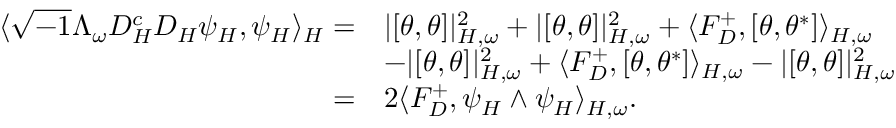
\begin{array} { r l } { \langle \sqrt { - 1 } \Lambda _ { \omega } D _ { H } ^ { c } D _ { H } \psi _ { H } , \psi _ { H } \rangle _ { H } = } & { | [ \theta , \theta ] | _ { H , \omega } ^ { 2 } + | [ \theta , \theta ] | _ { H , \omega } ^ { 2 } + \langle F _ { D } ^ { + } , [ \theta , \theta ^ { * } ] \rangle _ { H , \omega } } \\ & { - | [ \theta , \theta ] | _ { H , \omega } ^ { 2 } + \langle F _ { D } ^ { + } , [ \theta , \theta ^ { * } ] \rangle _ { H , \omega } - | [ \theta , \theta ] | _ { H , \omega } ^ { 2 } } \\ { = } & { 2 \langle F _ { D } ^ { + } , \psi _ { H } \wedge \psi _ { H } \rangle _ { H , \omega } . } \end{array}